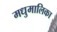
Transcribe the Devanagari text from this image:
मधुमालिका